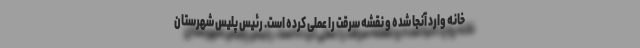
خانه وارد آنجا شده و نقشه سرقت را عملی کرده است. رئیس پلیس شهرستان